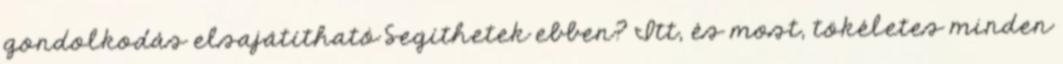
gondolkodás elsajátítható Segíthetek ebben? Itt, és most, tökéletes minden